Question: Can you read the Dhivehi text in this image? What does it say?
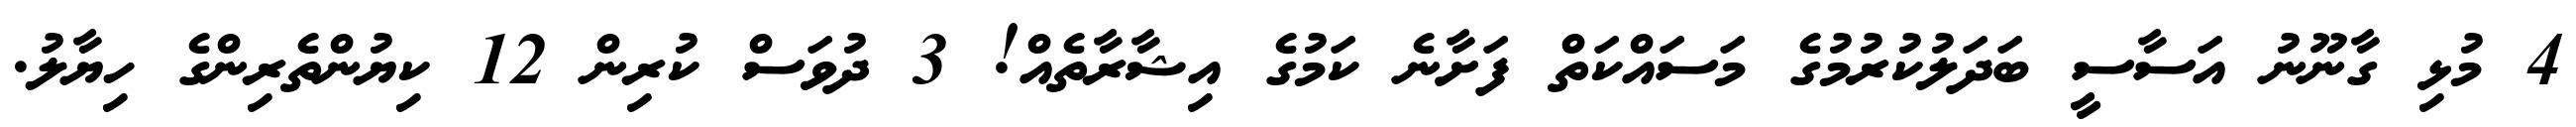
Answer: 4 މުޅި ގާނޫނު އަސާސީ ބަދަލުކުރުމުގެ މަސައްކަތް ފަށާނެ ކަމުގެ އިޝާރާތެއް! 3 ދުވަސް ކުރިން 12 ކިޔުންތެރިންގެ ހިޔާލު.